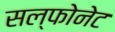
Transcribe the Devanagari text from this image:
सल्फोनेट